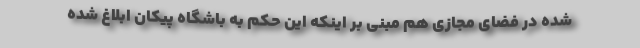
شده در فضای مجازی هم مبنی بر اینکه این حکم به باشگاه پیکان ابلاغ شده